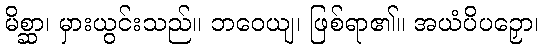
မိစ္ဆာ၊ မှားယွင်းသည်။ ဘဝေယျ၊ ဖြစ်ရာ၏။ အယံပိပဉှော၊